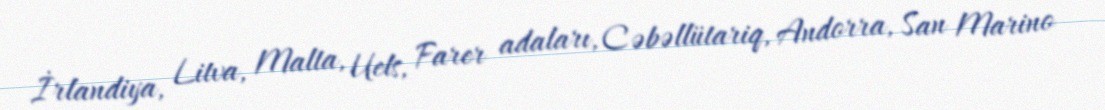
İrlandiya, Litva, Malta, Uels, Farer adaları, Cəbəllütariq, Andorra, San Marino